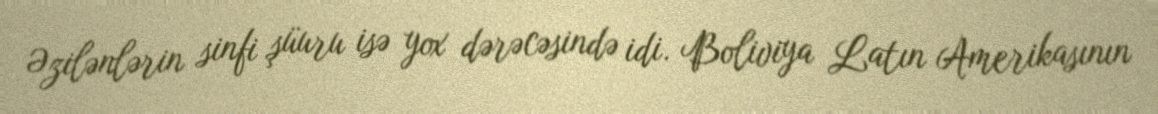
Əzilənlərin sinfi şüuru isə yox dərəcəsində idi. Boliviya Latın Amerikasının